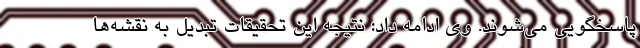
پاسخگویی می‌شوند. وی ادامه داد: نتیجه این تحقیقات تبدیل به نقشه‌ها